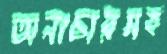
অনাচারসহ